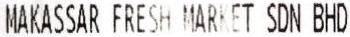
MAKASSAR FRESH MARKET SDN BHD